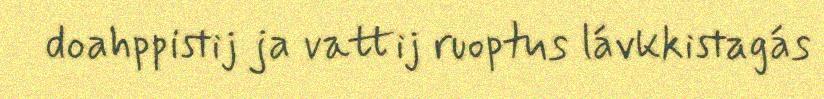
doahppistij ja vattij ruoptus lávkkistagás